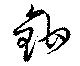
鉗